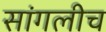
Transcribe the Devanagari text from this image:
सांगलीच